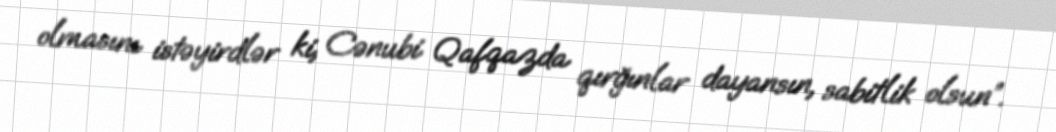
olmasını istəyirdlər ki, Cənubi Qafqazda qırğınlar dayansın, sabitlik olsun”.